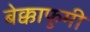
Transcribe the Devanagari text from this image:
बेक्काफुमी